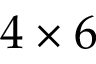
4 \times 6